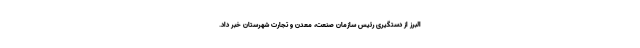
البرز از دستگیری رئیس سازمان صنعت، معدن و تجارت شهرستان خبر داد.